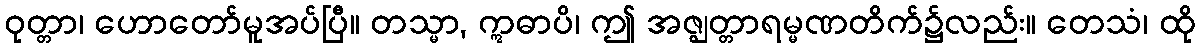
ဝုတ္တာ၊ ဟောတော်မူအပ်ပြီ။ တသ္မာ, ဣဓာပိ၊ ဤ အဇ္ဈတ္တာရမ္မဏတိက်၌လည်း။ တေသံ၊ ထို